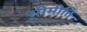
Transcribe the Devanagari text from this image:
सीमीति